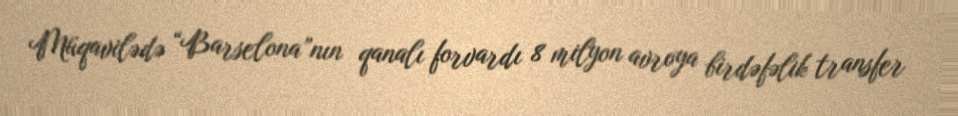
Müqavilədə “Barselona”nın qanalı forvardı 8 milyon avroya birdəfəlik transfer